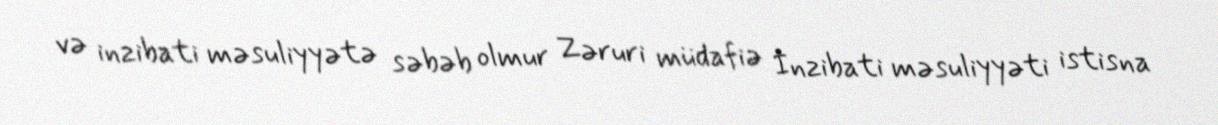
və inzibati məsuliyyətə səbəb olmur Zəruri müdafiə İnzibati məsuliyyəti istisna